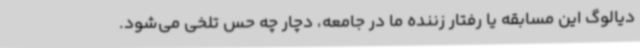
دیالوگ این مسابقه یا رفتار زننده ما در جامعه، دچار چه حس تلخی می‌شود.